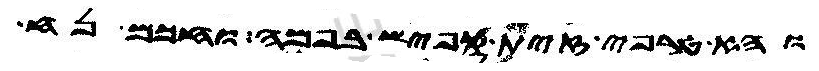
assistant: והא טרפי זית קפיש בפמה וחכם נח